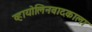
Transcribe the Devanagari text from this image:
व्हायोलिनवादकाला